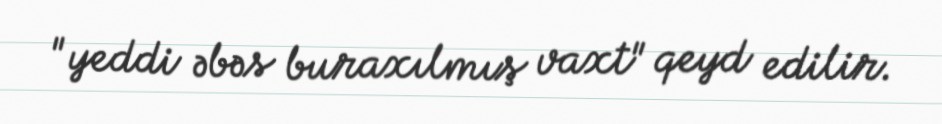
"yeddi əbəs buraxılmış vaxt" qeyd edilir.